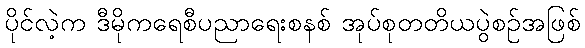
ပိုင်လဲ့က ဒီမိုကရေစီပညာရေးစနစ် အုပ်စုတတိယပွဲစဉ်အဖြစ်